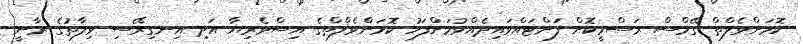
ކޮމަންވެލްތް ގޭމްސް ރަސްމީކޮށް ފަށްޓައްވައިދެއްވުމަށްފަހު ކޮމަންވެލްތްގެ އިސްވެރިޔާ އަދި އިނގިރޭސި ވިލާތުގެ ރާނީ